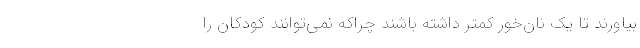
بیاورند تا یک نان‌خور کمتر داشته باشند چراکه نمی‌توانند کودکان را